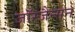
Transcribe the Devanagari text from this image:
जॉरजैन्सन